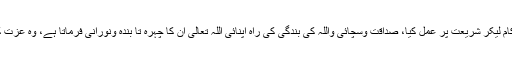
دوسری جانب جن لوگوں نے ہوش و عقل سے کام لیکر شریعت پر عمل کیا، صداقت وسچائی واللہ کی بندگی کی راہ اپنائی اللہ تعالی ان کا چہرہ تا بندہ ونورانی فرماتا ہے، وہ عزت کے ساتھ اللہ تعالی کے سامنے حاضر ہوں گے۔